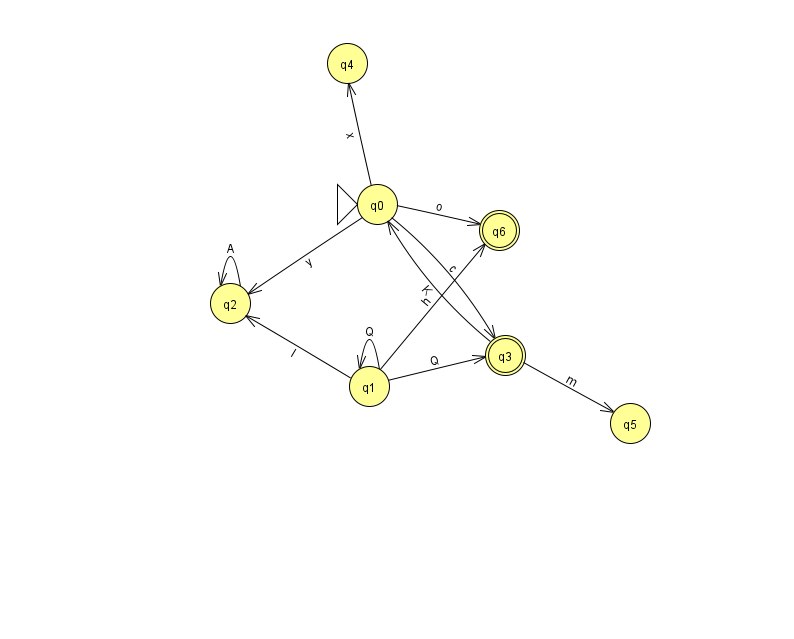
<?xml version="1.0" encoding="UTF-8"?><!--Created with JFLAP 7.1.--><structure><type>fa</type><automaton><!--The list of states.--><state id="0" name="q0"><x>377.0</x><y>191.0</y><initial/></state><state id="1" name="q1"><x>369.0</x><y>373.0</y></state><state id="2" name="q2"><x>230.0</x><y>290.0</y></state><state id="3" name="q3"><x>505.0</x><y>342.0</y><final/></state><state id="4" name="q4"><x>347.0</x><y>50.0</y></state><state id="5" name="q5"><x>630.0</x><y>410.0</y></state><state id="6" name="q6"><x>499.0</x><y>217.0</y><final/></state><!--The list of transitions.--><transition><from>1</from><to>1</to><read>Q</read></transition><transition><from>1</from><to>2</to><read>I</read></transition><transition><from>2</from><to>2</to><read>A</read></transition><transition><from>0</from><to>3</to><read>c</read></transition><transition><from>0</from><to>4</to><read>x</read></transition><transition><from>1</from><to>3</to><read>Q</read></transition><transition><from>0</from><to>2</to><read>y</read></transition><transition><from>3</from><to>0</to><read>K</read></transition><transition><from>1</from><to>6</to><read>h</read></transition><transition><from>0</from><to>6</to><read>o</read></transition><transition><from>3</from><to>5</to><read>m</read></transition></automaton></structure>